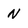
Character: N